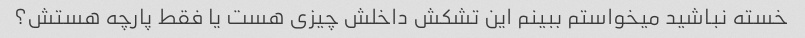
خسته نباشید میخواستم ببینم این تشکش داخلش چیزی هست یا فقط پارچه هستش؟